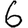
Digit: 6